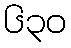
၆၃၀